Annual report of lunatic asylums [Bombay] - 1912-1922
Year: 1912
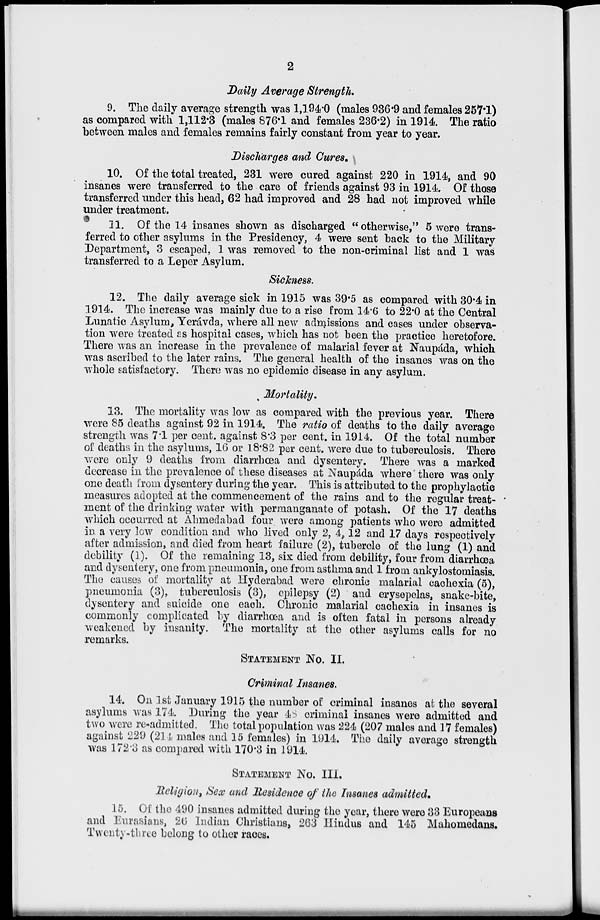
2
Daily Average Strength.
9. The daily average strength was 1,194.0 (males 936.9 and females 257.1)
as compared with 1,112.3 (males 876.1 and females 236.2) in 1914. The ratio
between males and females remains fairly constant from year to year.
Discharges and Cures.
10. Of the total treated, 231 were cured against 220 in 1914, and 90
insanes were transferred to the care of friends against 93 in 1914. Of those
transferred under this head, 62 had improved and 28 had not improved while
under treatment.
11. Of the 14 insanes shown as discharged "otherwise," 5 were trans-
ferred to other asylums in the Presidency, 4 were sent back to the Military
Department, 3 escaped, 1 was removed to the non-criminal list and 1 was
transferred to a Leper Asylum.
Sickness.
12. The daily average sick in 1915 was 39.5 as compared with 30.4 in
1914. The increase was mainly due to a rise from 14.6 to 22.0 at the Central
Lunatic Asylum, Yerávda, where all new admissions and cases under observa-
tion were treated as hospital cases, which has not been the practice heretofore.
There was an increase in the prevalence of malarial fever at Naupáda, which
was ascribed to the later rains. The general health of the insanes was on the
whole satisfactory. There was no epidemic disease in any asylum.
Mortality.
13. The mortality was low as compared with the previous year. There
were 85 deaths against 92 in 1914. The ratio of deaths to the daily average
strength was 7.1 per cent. against 8.3 per cent, in 1914. Of the total number
of deaths in the asylums, 16 or 18.82 per cent. were due to tuberculosis. There
were only 9 deaths from diarrhœa and dysentery. There was a marked
decrease in the prevalence of these diseases at Naupáda where there was only
one death from dysentery during the year. This is attributed to the prophylactic
measures adopted at the commencement of the rains and to the regular treat-
ment of the drinking water with permanganate of potash. Of the 17 deaths
which occurred at Ahmedabad four were among patients who were admitted
in a very low condition and who lived only 2, 4,12 and 17 days respectively
after admission, and died from heart failure (2), tubercle of the lung (1) and
debility (1). Of the remaining 13, six died from debility, four from diarrhœa
and dysentery, one from pneumonia, one from asthma and 1 from ankylostomiasis.
The causes of mortality at Hyderabad were chronic malarial cachexia (5),
pneumonia (3), tuberculosis (3), epilepsy (2) and erysepelas, snake-bite,
dysentery and suicide one each. Chronic malarial cachexia in insanes is
commonly complicated by diarrhoea and is often fatal in persons already
weakened by insanity. The mortality at the other asylums calls for no
remarks.
STATEMENT No. II.
Criminal Insanes.
14. On 1st January 1915 the number of criminal insanes at the several
asylums was 174. During the year 48 criminal insanes were admitted and
two were re-admitted. The total population was 224 (207 males and 17 females)
against 229 (214 males and 15 females) in 1914. The daily average strength
was 172.3 as compared with 170.3 in 1914.
STATEMENT No. III.
Religion, Sex and Residence of the Insanes admitted.
15. Of the 490 insanes admitted during the year, there were 33 Europeans
and Eurasians, 26 Indian Christians, 263 Hindus and 145 Mahomedans.
Twenty-three belong to other races.